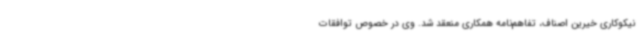
نیکوکاری خیرین اصناف، تفاهم‌نامه همکاری منعقد شد. وی در خصوص توافقات